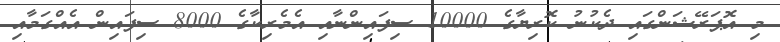
މި އޮޕަރޭޝަންގައި ދެކުނު ކޮރިޔާގެ 10000 ސިފައިންނާއި އެމެރިކާގެ 8000 ސިފައިން އެއްގަމާއި